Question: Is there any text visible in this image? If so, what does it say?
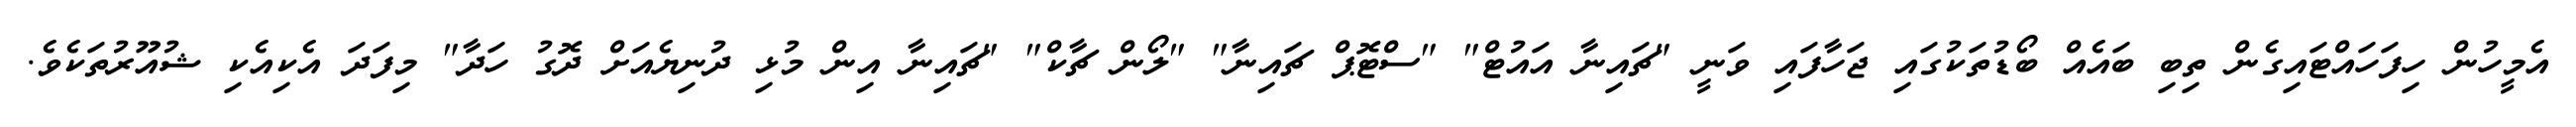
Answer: އެމީހުން ހިފަހައްޓައިގެން ތިބި ބައެއް ބޯޑުތަކުގައި ޖަހާފައި ވަނީ "ޗައިނާ އައުޓް" "ސްޓޮޕް ޗައިނާ" "ލޯން ޗާކް" "ޗައިނާ އިން މުޅި ދުނިޔެއަށް ދޮގު ހަދާ" މިފަދަ އެކިއެކި ޝުއޫރުތަކެވެ.